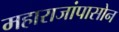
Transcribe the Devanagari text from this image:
महाराजांपासोन